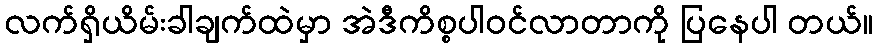
လက်ရှိယိမ်းခါချက်ထဲမှာ အဲဒီကိစ္စပါဝင်လာတာကို ပြနေပါ တယ်။